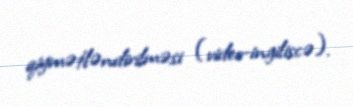
qiymətləndirilməsi (video-ingiliscə).